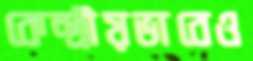
কেন্দ্রীয়ভাবেও